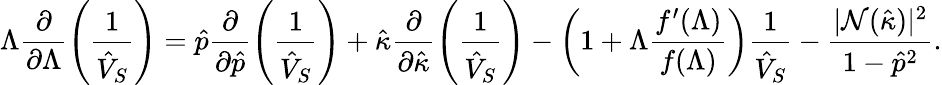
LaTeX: \Lambda\frac{\partial}{\partial\Lambda}\left(\frac{1}{\hat{V}_{S}}\right)=\hat{p}\frac{\partial}{\partial\hat{p}}\left(\frac{1}{\hat{V}_{S}}\right)+\hat{\kappa}\frac{\partial}{\partial\hat{\kappa}}\left(\frac{1}{\hat{V}_{S}}\right)-\left(1+\Lambda\frac{f^{\prime}(\Lambda)}{f(\Lambda)}\right)\frac{1}{\hat{V}_{S}}-\frac{|{\cal N}(\hat{\kappa})|^{2}}{1-\hat{p}^{2}}.